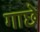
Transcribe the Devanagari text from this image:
गाछे